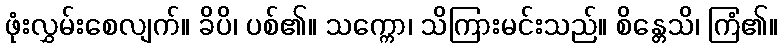
ဖုံးလွှမ်းစေလျက်။ ခိပိ၊ ပစ်၏။ သက္ကော၊ သိကြားမင်းသည်။ စိန္တေသိ၊ ကြံ၏။